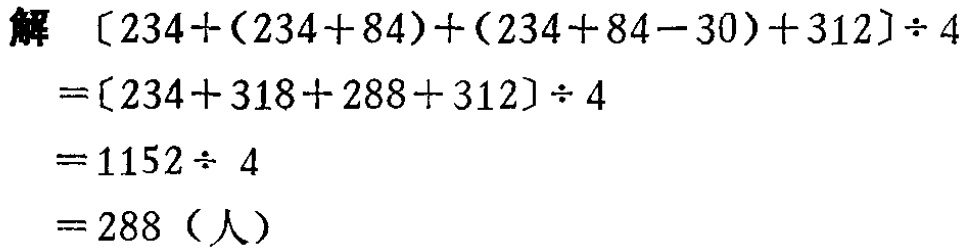
\[
\begin{align*}
&[234+(234 + 84)+(234 + 84-30)+312]\div4\\
=&[234 + 318+288+312]\div4\\
=&1152\div4\\
=&288 \text{（人）}
\end{align*}
\]